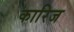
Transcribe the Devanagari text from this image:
कारिज